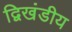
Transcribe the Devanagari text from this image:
द्विखंडीय